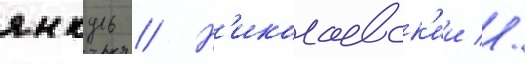
янкуль // Н'иколаевск'ии //